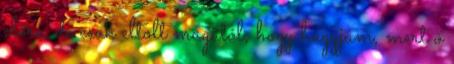
előre, de csak eltolt magától, hogy hagyjam, mert ő